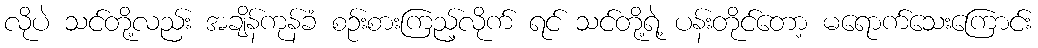
လိုပဲ သင်တို့လည်း အချိန်ကုန်ခံ စဉ်းစားကြည့်လိုက် ရင် သင်တို့ရဲ့ ပန်းတိုင်တော့ မရောက်သေးကြောင်း